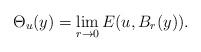
LaTeX: \begin{align*}\Theta_u(y)=\lim_{r \to 0} E(u,B_r(y)).\end{align*}